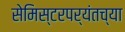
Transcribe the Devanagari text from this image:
सेमिस्टरपर्यंतच्या